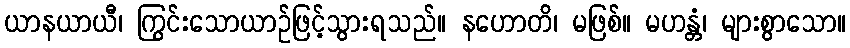
ယာနယာယီ၊ ကြွင်းသောယာဉ်ဖြင့်သွားရသည်။ နဟောတိ၊ မဖြစ်။ မဟန္တံ၊ များစွာသော။